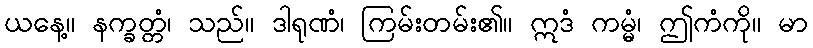
ယနေ့။ နက္ခတ္တံ၊ သည်။ ဒါရုဏံ၊ ကြမ်းတမ်း၏။ ဣဒံ ကမ္မံ၊ ဤကံကို။ မာ